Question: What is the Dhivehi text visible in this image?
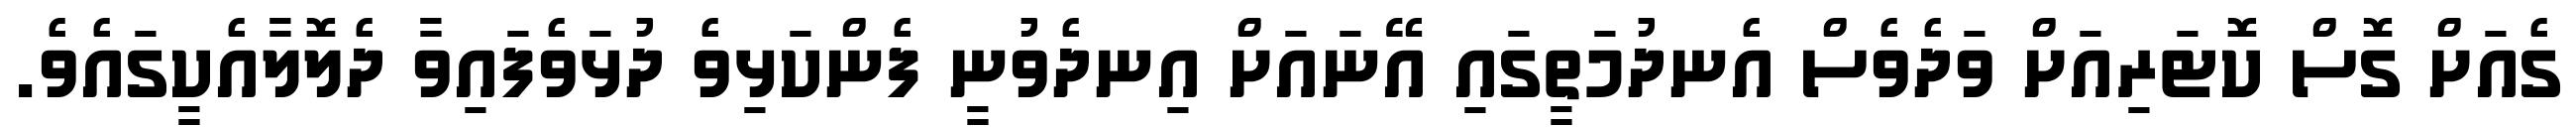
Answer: ގެއަށް ގޮސް ކޮޓަރިއަށް ވަދެވެސް އެނދުމަތީގައި އޭނައަށް އިނދެވުނީ ފެންކަޅިވެ ދުޅަވެފައިވާ ދެލޮލާއެކީގައެވެ.